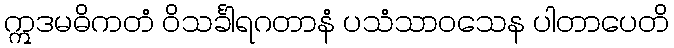
ဣဒမဓိကတံ ဝိသင်္ခါရဂတာနံ ပသံသာဝသေန ပါတာပေတိ